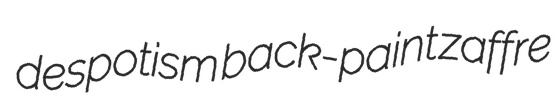
despotism back-paint zaffre